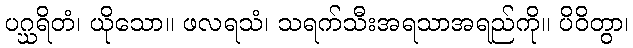
ပဂ္ဃရိတံ၊ ယိုသော။ ဖလရသံ၊ သရက်သီးအရသာအရည်ကို။ ပိဝိတွာ၊